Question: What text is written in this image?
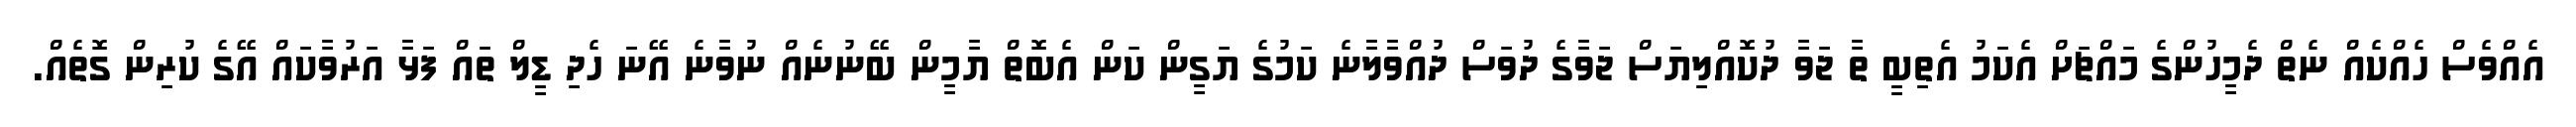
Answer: އެއްވެސް ހެއްކެއް ނެތް ދެމީހުންގެ މައްޗަށް އެކަމު އެތިބީ ތާ ޖަވާ ދުކޮއްލިޔަސް ޖަވާގެ ދުވަސް ދުއްވާލާނެ ކަމުގެ ޔަގީން ކަން އެބޮތް ޔާމީން ބޭނުނެއް ނުވާނެ އޭނަ ހެދި ޑީލް ތައް ފަޅާ އަރުވާކައް އޭގެ ކުރިން ގޮތެއް.